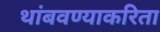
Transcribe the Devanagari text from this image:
थांबवण्याकरिता